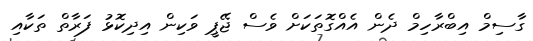
ގާސިމް އިބްރާހިމް ދެން އެއްގޮތަކަށް ވެސް ޖޭޕީ ވަކިން އިދިކޮޅު ފަރާތް ތަކާއި